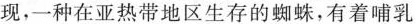
现，一种在亚热带地区生存的蜘蛛，有着哺乳